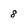
Character: 8